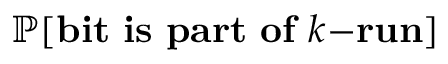
\mathbb { P } [ \mathbf { b i t ~ i s ~ p a r t ~ o f ~ } k \mathbf { - r u n } ]